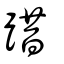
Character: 踖